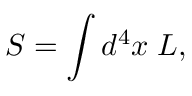
S = \int d ^ { 4 } x \; { \cal L } ,